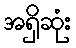
အရှိဆုံး